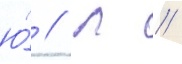
ю́ // Л //